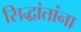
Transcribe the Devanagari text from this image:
सिद्धांतांना